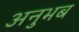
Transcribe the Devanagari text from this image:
अनुभब